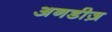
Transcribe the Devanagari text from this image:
अनडीज़